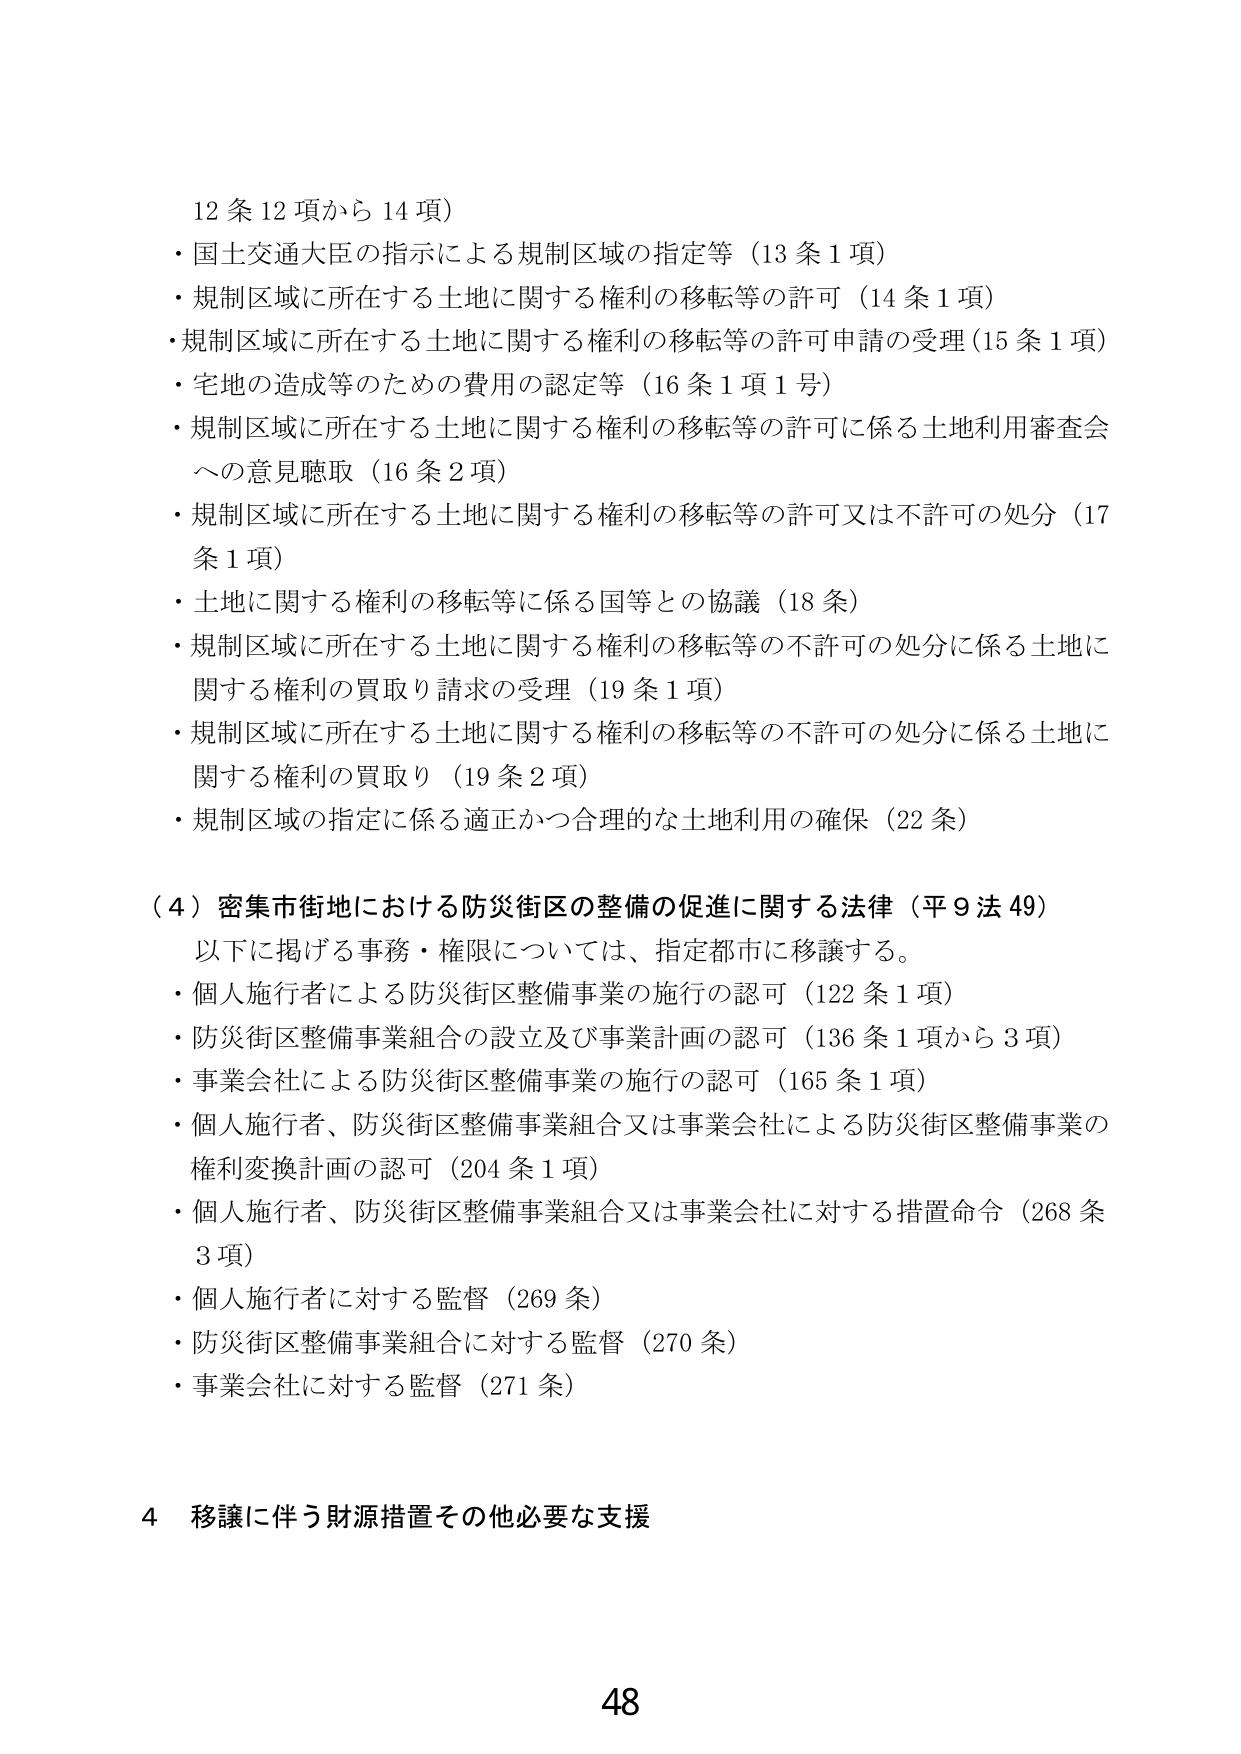
12条12項から14項）
・国土交通大臣の指示による規制区域の指定等（13条1項）
・規制区域に所在する土地に関する権利の移転等の許可（14条1項）
・規制区域に所在する土地に関する権利の移転等の許可申請の受理（15条1項）
・宅地の造成等のための費用の認定等（16条1項1号）
・規制区域に所在する土地に関する権利の移転等の許可に係る土地利用審査会への意見聴取（16条2項）
・規制区域に所在する土地に関する権利の移転等の許可又は不許可の処分（17条1項）
・土地に関する権利の移転等に係る国等との協議（18条）
・規制区域に所在する土地に関する権利の移転等の不許可の処分に係る土地に関する権利の買取り請求の受理（19条1項）
・規制区域に所在する土地に関する権利の移転等の不許可の処分に係る土地に関する権利の買取り（19条2項）
・規制区域の指定に係る適正かつ合理的な土地利用の確保（22条）

（4）密集市街地における防災街区の整備の促進に関する法律（平9法49）
以下に掲げる事務・権限については、指定都市に移譲する。
・個人施行者による防災街区整備事業の施行の認可（122条1項）
・防災街区整備事業組合の設立及び事業計画の認可（136条1項から3項）
・事業会社による防災街区整備事業の施行の認可（165条1項）
・個人施行者、防災街区整備事業組合又は事業会社による防災街区整備事業の権利変換計画の認可（204条1項）
・個人施行者、防災街区整備事業組合又は事業会社に対する措置命令（268条3項）
・個人施行者に対する監督（269条）
・防災街区整備事業組合に対する監督（270条）
・事業会社に対する監督（271条）

4 移譲に伴う財源措置その他必要な支援

48